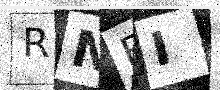
Text: RNEI